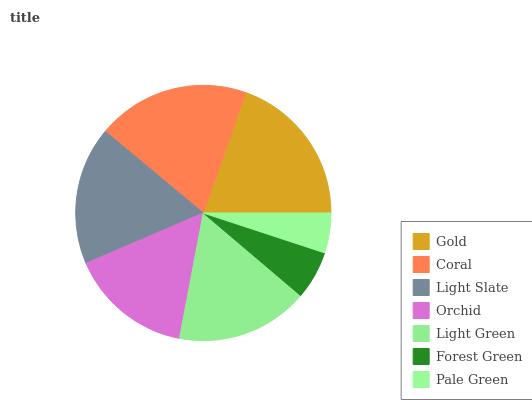
| Gold | Coral | Light Slate | Orchid | Light Green | Forest Green | Pale Green |
 | --- | --- | --- | --- | --- | --- | --- |
 | 19.6% | 19.3% | 17.5% | 15.6% | 16.7% | 6.16% | 5.06% |